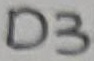
Text: D3